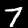
Digit: 7